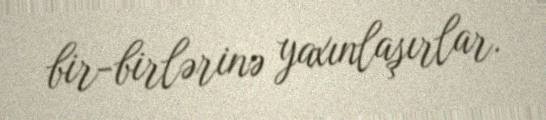
bir-birlərinə yaxınlaşırlar.